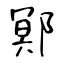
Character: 鄍